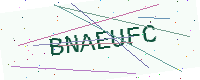
Text: BNAEUFC